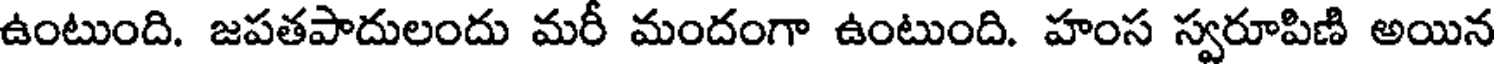
ఉంటుంది. జపతపాదులందు మరీ మందంగా ఉంటుంది. హంస స్వరూపిణి అయిన